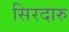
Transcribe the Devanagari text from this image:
सिरदारु